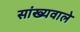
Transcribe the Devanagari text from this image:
सांख्यवाले